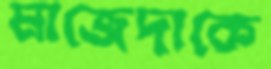
মাজেদাকে